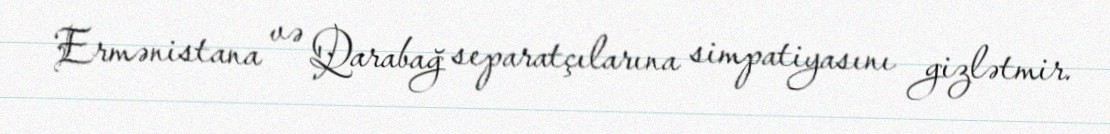
Ermənistana və Qarabağ separatçılarına simpatiyasını gizlətmir.